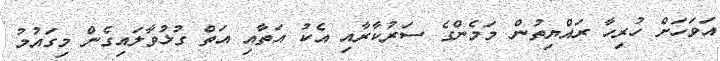
އަވަހަށް ހުރިހާ ރައްޔިތުން މަމެންގެ ސަރުކާރާއި އެކު އަތާއި އަތް ގުޅުވާލައިގެން މިގައުމު